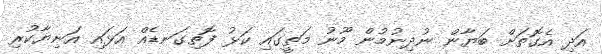
އަދި އެގޮތަށް ބަޔާން ނުދިނުމުން މޫނު މަތީގައި ކަޅު ފޮތިގަނޑެއް އަޅައި އަނިޔާކުރި